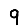
Digit: 9